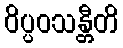
ဝိပ္ပဝသန္တီတိ